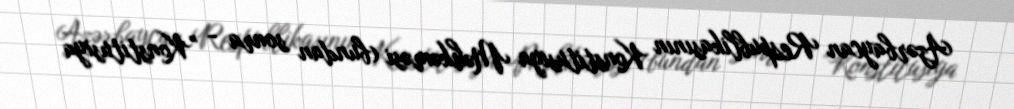
Azərbaycan Respublikasının Konstitusiya Məhkəməsi (bundan sonra - "Konstitusiya